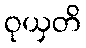
ဝုယှတိ